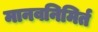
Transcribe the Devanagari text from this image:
मानवनिमिर्त